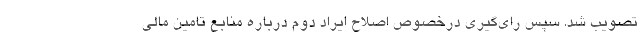
تصویب شد. سپس رای‌گیری درخصوص اصلاح ایراد دوم درباره منابع تامین مالی